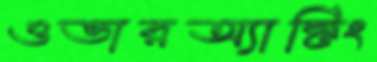
ওভারঅ্যাক্টিং